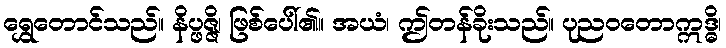
ရွှေတောင်သည်။ နိပ္ဖဇ္ဇိ၊ ဖြစ်ပေါ်၏။ အယံ၊ ဤတန်ခိုးသည်။ ပုညဝတောဣဒ္ဓိ၊